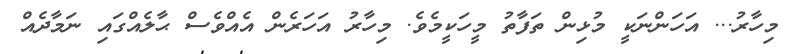
މިހާރު... އަހަންނަކީ މުޅިން ތަފާތު މީހަކީމެވެ. މިހާރު އަހަރެން އެއްވެސް ޙާލެއްގައި ނަމާދެއް